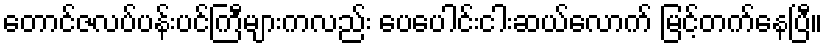
တောင်ဇလပ်ပန်းပင်ကြီများကလည်း ပေပေါင်းငါးဆယ်လောက် မြင့်တက်နေပြီ။